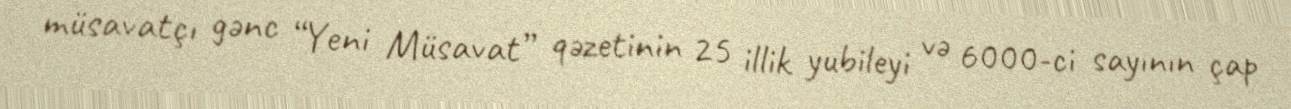
müsavatçı gənc “Yeni Müsavat” qəzetinin 25 illik yubileyi və 6000-ci sayının çap